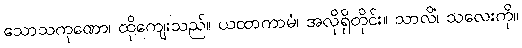
သောသကုဏော၊ ထိုကျေးသည်။ ယထာကာမံ၊ အလိုရှိတိုင်း။ သာလိံ၊ သလေးကို။